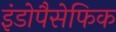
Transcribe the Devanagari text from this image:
इंडोपैसेफिक